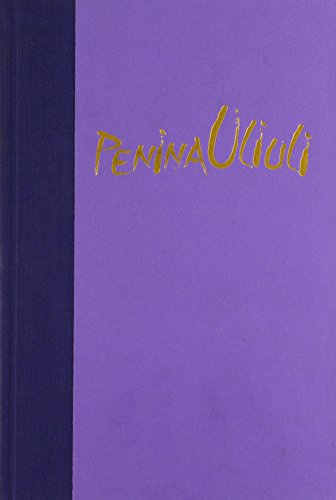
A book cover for Penina Uliuli: Contemporary Challenges in Mental Health for Pacific Peoples; History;